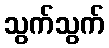
သွက်သွက်